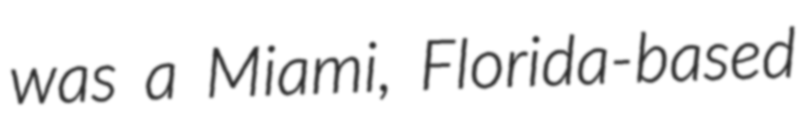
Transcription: was a Miami, Florida-based